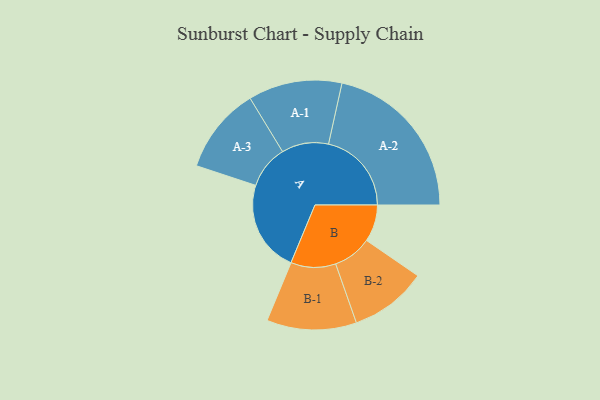
{"axis": {"x": "Segment", "y": "Value"}, "legend": ["", "A", "B"], "data": [{"x": "A", "y": 323, "type": ""}, {"x": "B", "y": 130, "type": ""}, {"x": "A-1", "y": 165, "type": "A"}, {"x": "A-2", "y": 292, "type": "A"}, {"x": "A-3", "y": 152, "type": "A"}, {"x": "B-1", "y": 158, "type": "B"}, {"x": "B-2", "y": 136, "type": "B"}]}